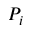
P _ { i }